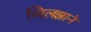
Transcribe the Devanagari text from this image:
सिलझाने